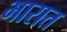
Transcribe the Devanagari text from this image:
भारात